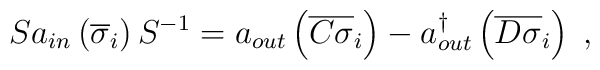
Sa_{in}\left(\overline{\sigma}_i\right)S^{-1}=a_{out}\left(\overline{C\sigma}_i\right)-a_{out}^{\dagger}\left(\overline{D\sigma}_i\right)\;,